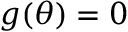
g ( \theta ) = 0